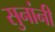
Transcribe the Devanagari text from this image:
सुनांनी